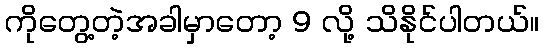
ကိုတွေ့တဲ့အခါမှာတော့ 9 လို့ သိနိုင်ပါတယ်။